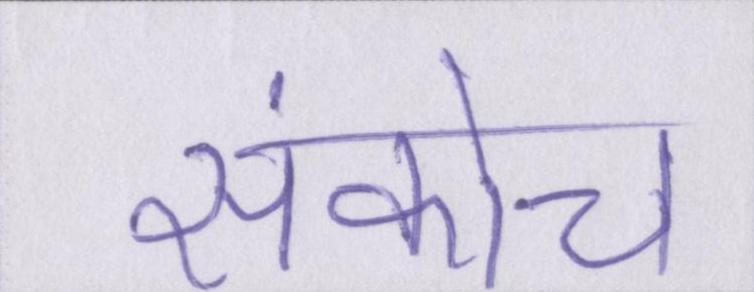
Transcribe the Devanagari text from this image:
संकोच